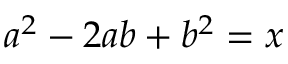
a ^ { 2 } - 2 a b + b ^ { 2 } = x \,